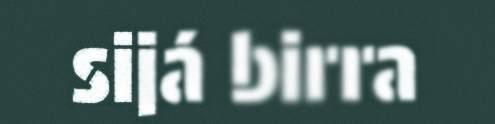
sijá birra